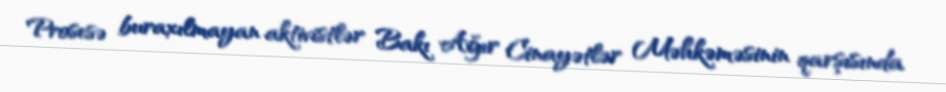
Prosesə buraxılmayan aktivistlər Bakı Ağır Cinayətlər Məhkəməsinin qarşısında